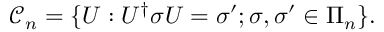
\ensuremath { { \mathcal { C } } } _ { n } = \{ U : U ^ { \dagger } \sigma U = \sigma ^ { \prime } ; \sigma , \sigma ^ { \prime } \in \Pi _ { n } \} .